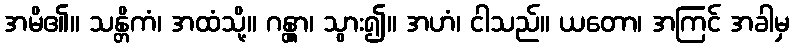
အမိ၏။ သန္တိကံ၊ အထံသို့။ ဂန္တွာ၊ သွား၍။ အဟံ၊ ငါသည်။ ယတော၊ အကြင် အခါမှ